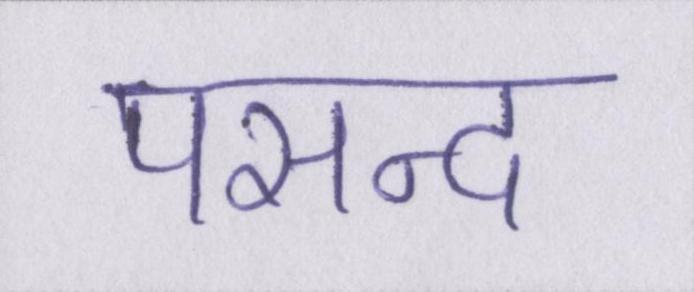
पसन्द